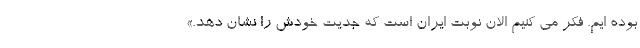
بوده ایم. فکر می کنیم الان نوبت ایران است که جدیت خودش را نشان دهد.»